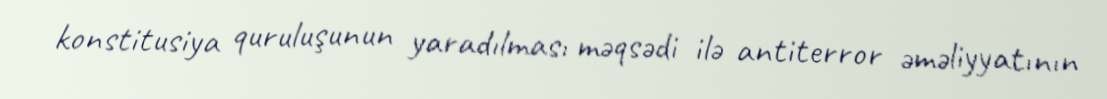
konstitusiya quruluşunun yaradılması məqsədi ilə antiterror əməliyyatının